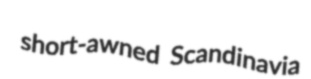
short-awned Scandinavia